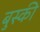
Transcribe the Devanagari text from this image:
बुस्की